Lunatic asylums United Prov. 1922-30 - 1922-1930
Year: 1922
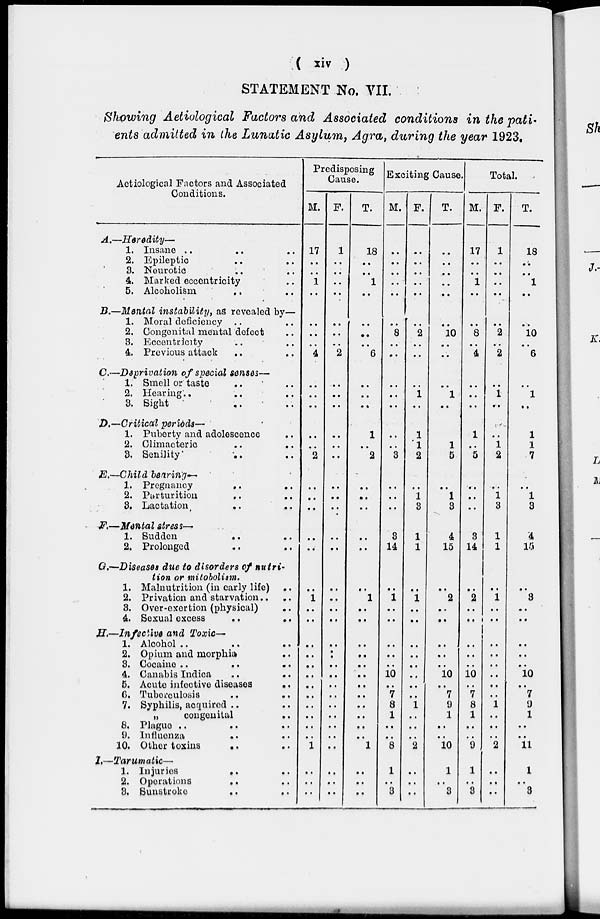
( xiv )
STATEMENT No. VII.
Showing Aetiological Factors and Associated conditions in the pati-
ents admitted in the Lunatic Asylum, Agra, during the year 1923.
Aetiological Factors and Associated
Conditions.
A.—
B.—
C.—
D.—
E.—
F.—
G.—
H.—
I.—
Heredity—
1. Insane .. .. ..
2. Epileptic .. ..
3. Neurotic .. ..
4. Marked eccentricity ..
5. Alcoholism .. ..
Mental instability, as revealed by—
1. Moral deficiency .. ..
2. Congenital mental defect ..
3. Eccentricity .. ..
4. Previous attack .. ..
Deprivation of special senses—
1. Smell or taste .. ..
2. Hearing .. .. ..
3. Sight .. ..
Critical periods—
1. Puberty and adolescence ..
2. Climacteric
..
..
3. Senility
.. ..
Child bearing—
1. Pregnancy
.. ..
2. Parturition
..
..
3. Lactation
..
..
Mental stress—
1. Sudden
.. ..
2. Prolonged .. ..
Diseases due to disorders of nutri-
tion or mitobolism.
1. Malnutrition (in early life) ..
2. Privation and starvation .. ..
3. Over-exertion (physical) ..
4. Sexual excess .. ..
Infective and Toxic—
1. Alcohol ..
..
..
2. Opium and morphia ..
3. Cocaine ..
..
..
4. Canabis Indica
..
..
5. Acute infective diseases
..
6. Tuberculosis .. ..
7. Syphilis, acquired .. ..
„
congenital ..
8. Plague .. ..
9. Influenza
..
..
10. Other toxins .. ..
Tarumatic—
1. Injuries
..
..
2. Operations .. ..
3. Sunstroke .. ..
Predisposing
Cause.
M.
17
..
..
1
..
..
..
..
4
..
..
..
..
..
2
..
..
..
..
..
..
1
..
..
..
..
..
..
..
..
..
..
..
..
1
..
..
..
F.
1
..
..
..
..
..
..
..
2
..
..
..
..
..
..
..
..
..
..
..
..
..
..
..
..
..
..
..
..
..
..
..
..
..
..
..
..
..
T.
18
..
..
1
..
..
..
..
6
..
..
..
1
..
2
..
..
..
..
..
..
1
..
..
..
..
..
..
..
..
..
..
..
..
1
..
..
..
Exciting Cause.
M.
..
..
..
..
..
..
8
..
..
..
..
..
..
..
3
..
..
..
3
14
..
1
..
..
..
..
..
10
..
7
8
1
..
..
8
1
..
3
F.
..
..
..
..
..
..
2
..
..
..
1
..
1
1
2
..
1
3
1
1
..
1
..
..
..
..
..
..
..
..
1
..
..
..
2
..
..
..
T.
..
..
..
..
..
..
10
..
..
..
1
..
..
1
5
..
1
3
4
15
..
2
..
..
..
..
..
10
..
7
9
1
..
..
10
1
..
3
Total.
M.
17
..
..
1
..
..
8
..
4
..
..
..
1
..
5
..
..
..
3
14
..
2
..
..
..
..
..
10
..
7
8
1
..
..
9
1
..
3
F.
1
..
..
..
..
..
2
..
2
..
1
..
..
1
2
..
1
3
1
1
..
1
..
..
..
..
..
..
..
..
1
..
..
..
2
..
..
..
T.
18
..
..
1
..
..
10
..
6
..
1
..
1
1
7
..
1
3
4
15
..
3
..
..
..
..
..
10
..
7
0
1
..
..
11
1
..
3